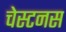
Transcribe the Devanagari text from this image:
चेस्टनस